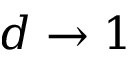
d \to 1